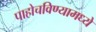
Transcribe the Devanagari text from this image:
पाहोचविण्यामध्ये